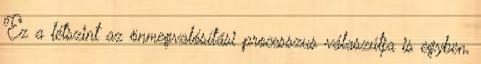
Ez a létszint az önmegvalósítási processzus válaszútja is egyben,